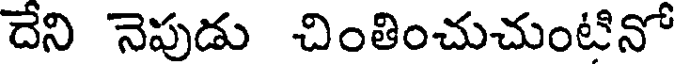
దేని నెపుడు చింతించుచుంటినో